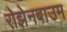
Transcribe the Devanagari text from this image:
रोझेनबाउम